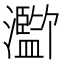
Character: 𪸄